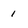
Character: 1